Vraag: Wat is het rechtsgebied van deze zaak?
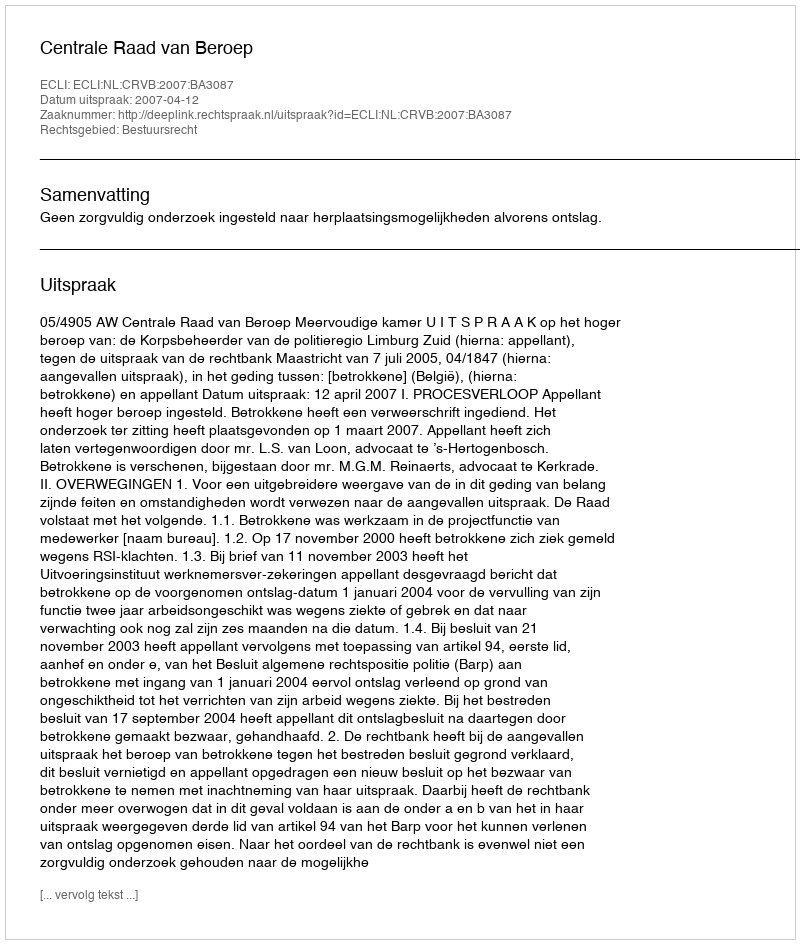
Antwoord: Bestuursrecht